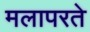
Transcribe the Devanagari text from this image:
मलापरते